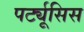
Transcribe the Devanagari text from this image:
पर्ट्यूसिस